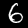
Digit: 6